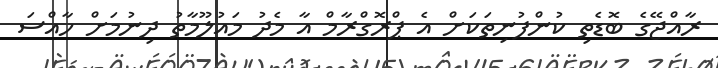
ރާއްޖޭގެ ބޮޑެތި ކުންފުނިތަކަށް އެ ޕްރޮގްރާމް އާ މެދު މައުލޫމާތު ދިނުމަށް ހާއްސަ